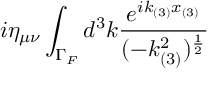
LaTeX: i \eta _ { \mu \nu } \int _ { \Gamma _ { F } } d ^ { 3 } k \frac { e ^ { i k _ { ( 3 ) } x _ { ( 3 ) } } } { ( - k _ { ( 3 ) } ^ { 2 } ) ^ { \frac { 1 } { 2 } } }